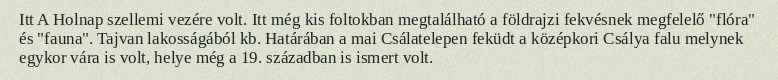
Itt A Holnap szellemi vezére volt. Itt még kis foltokban megtalálható a földrajzi fekvésnek megfelelő "flóra" és "fauna". Tajvan lakosságából kb. Határában a mai Csálatelepen feküdt a középkori Csálya falu melynek egykor vára is volt, helye még a 19. században is ismert volt.